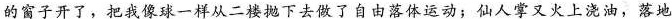
的窗子开了，把我像球一样从二楼抛下去做了自由落体运动，仙人掌又火上浇油，落地